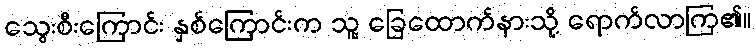
သွေးစီးကြောင်း နှစ်ကြောင်းက သူ့ ခြေထောက်နားသို့ ရောက်လာကြ၏။